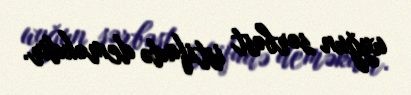
uyğun sərbəst istifadə deməkdir.